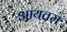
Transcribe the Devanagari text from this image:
आयतम